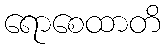
ရောစေထာတိ